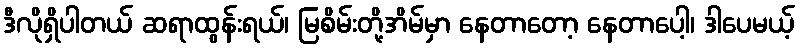
ဒီလိုရှိပါတယ် ဆရာထွန်းရယ်၊ မြစိမ်းတို့အိမ်မှာ နေတာတော့ နေတာပေါ့၊ ဒါပေမယ့်